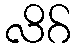
လိဂ်